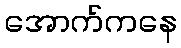
အောက်ကနေ